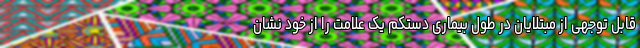
قابل توجهی از مبتلایان در طول بیماری دستکم یک علامت را از خود نشان